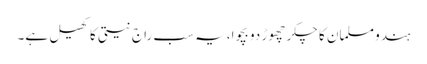
ہندو مسلمان کا چکر چھوڑ دو بچوا،یہ سب راج نیتی کا کھیل ہے۔